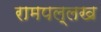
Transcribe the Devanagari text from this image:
रामपल्लख